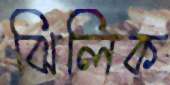
ঝিলিক